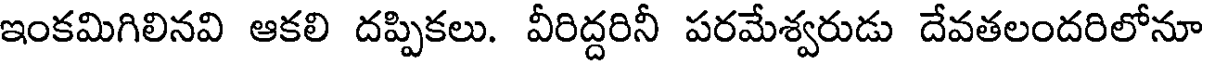
ఇంకమిగిలినవి ఆకలి దప్పికలు. వీరిద్దరినీ పరమేశ్వరుడు దేవతలందరిలోనూ